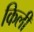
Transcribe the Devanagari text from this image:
किली